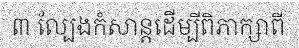
៣ ល្បែងកំសាន្តដើម្បីពិភាក្សាពី